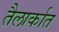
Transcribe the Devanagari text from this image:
तैलार्कात